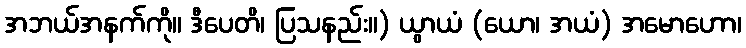
အဘယ်အနက်ကို။ ဒီပေတိ၊ ပြသနည်း။) ယွာယံ (ယော၊ အယံ) အမောဟော၊